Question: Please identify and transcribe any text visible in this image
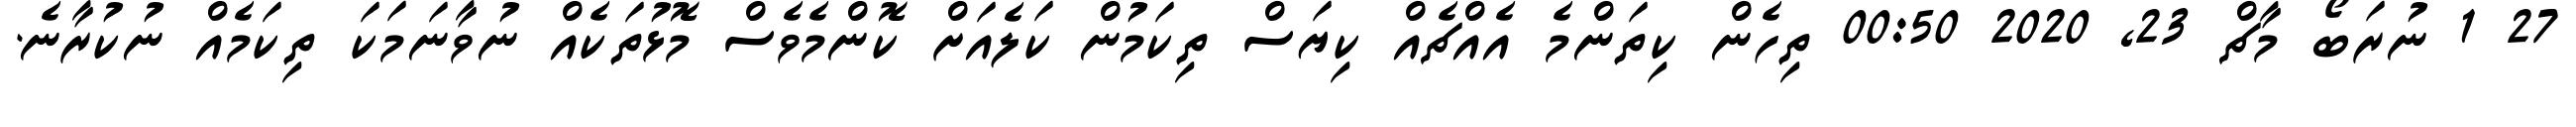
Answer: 27 1 ނުރަބޯ މާޗް 23, 2020 00:50 ތިހެން ކިތަންމެ އެއްޗެއް ކިޔަސް ތިކަމުން ކަލެއަށް ކޮންމެވެސް މޮޅުތަކެއް ނުވާނަމަކަ ތިކަމެއް ނުކުރާނެ.